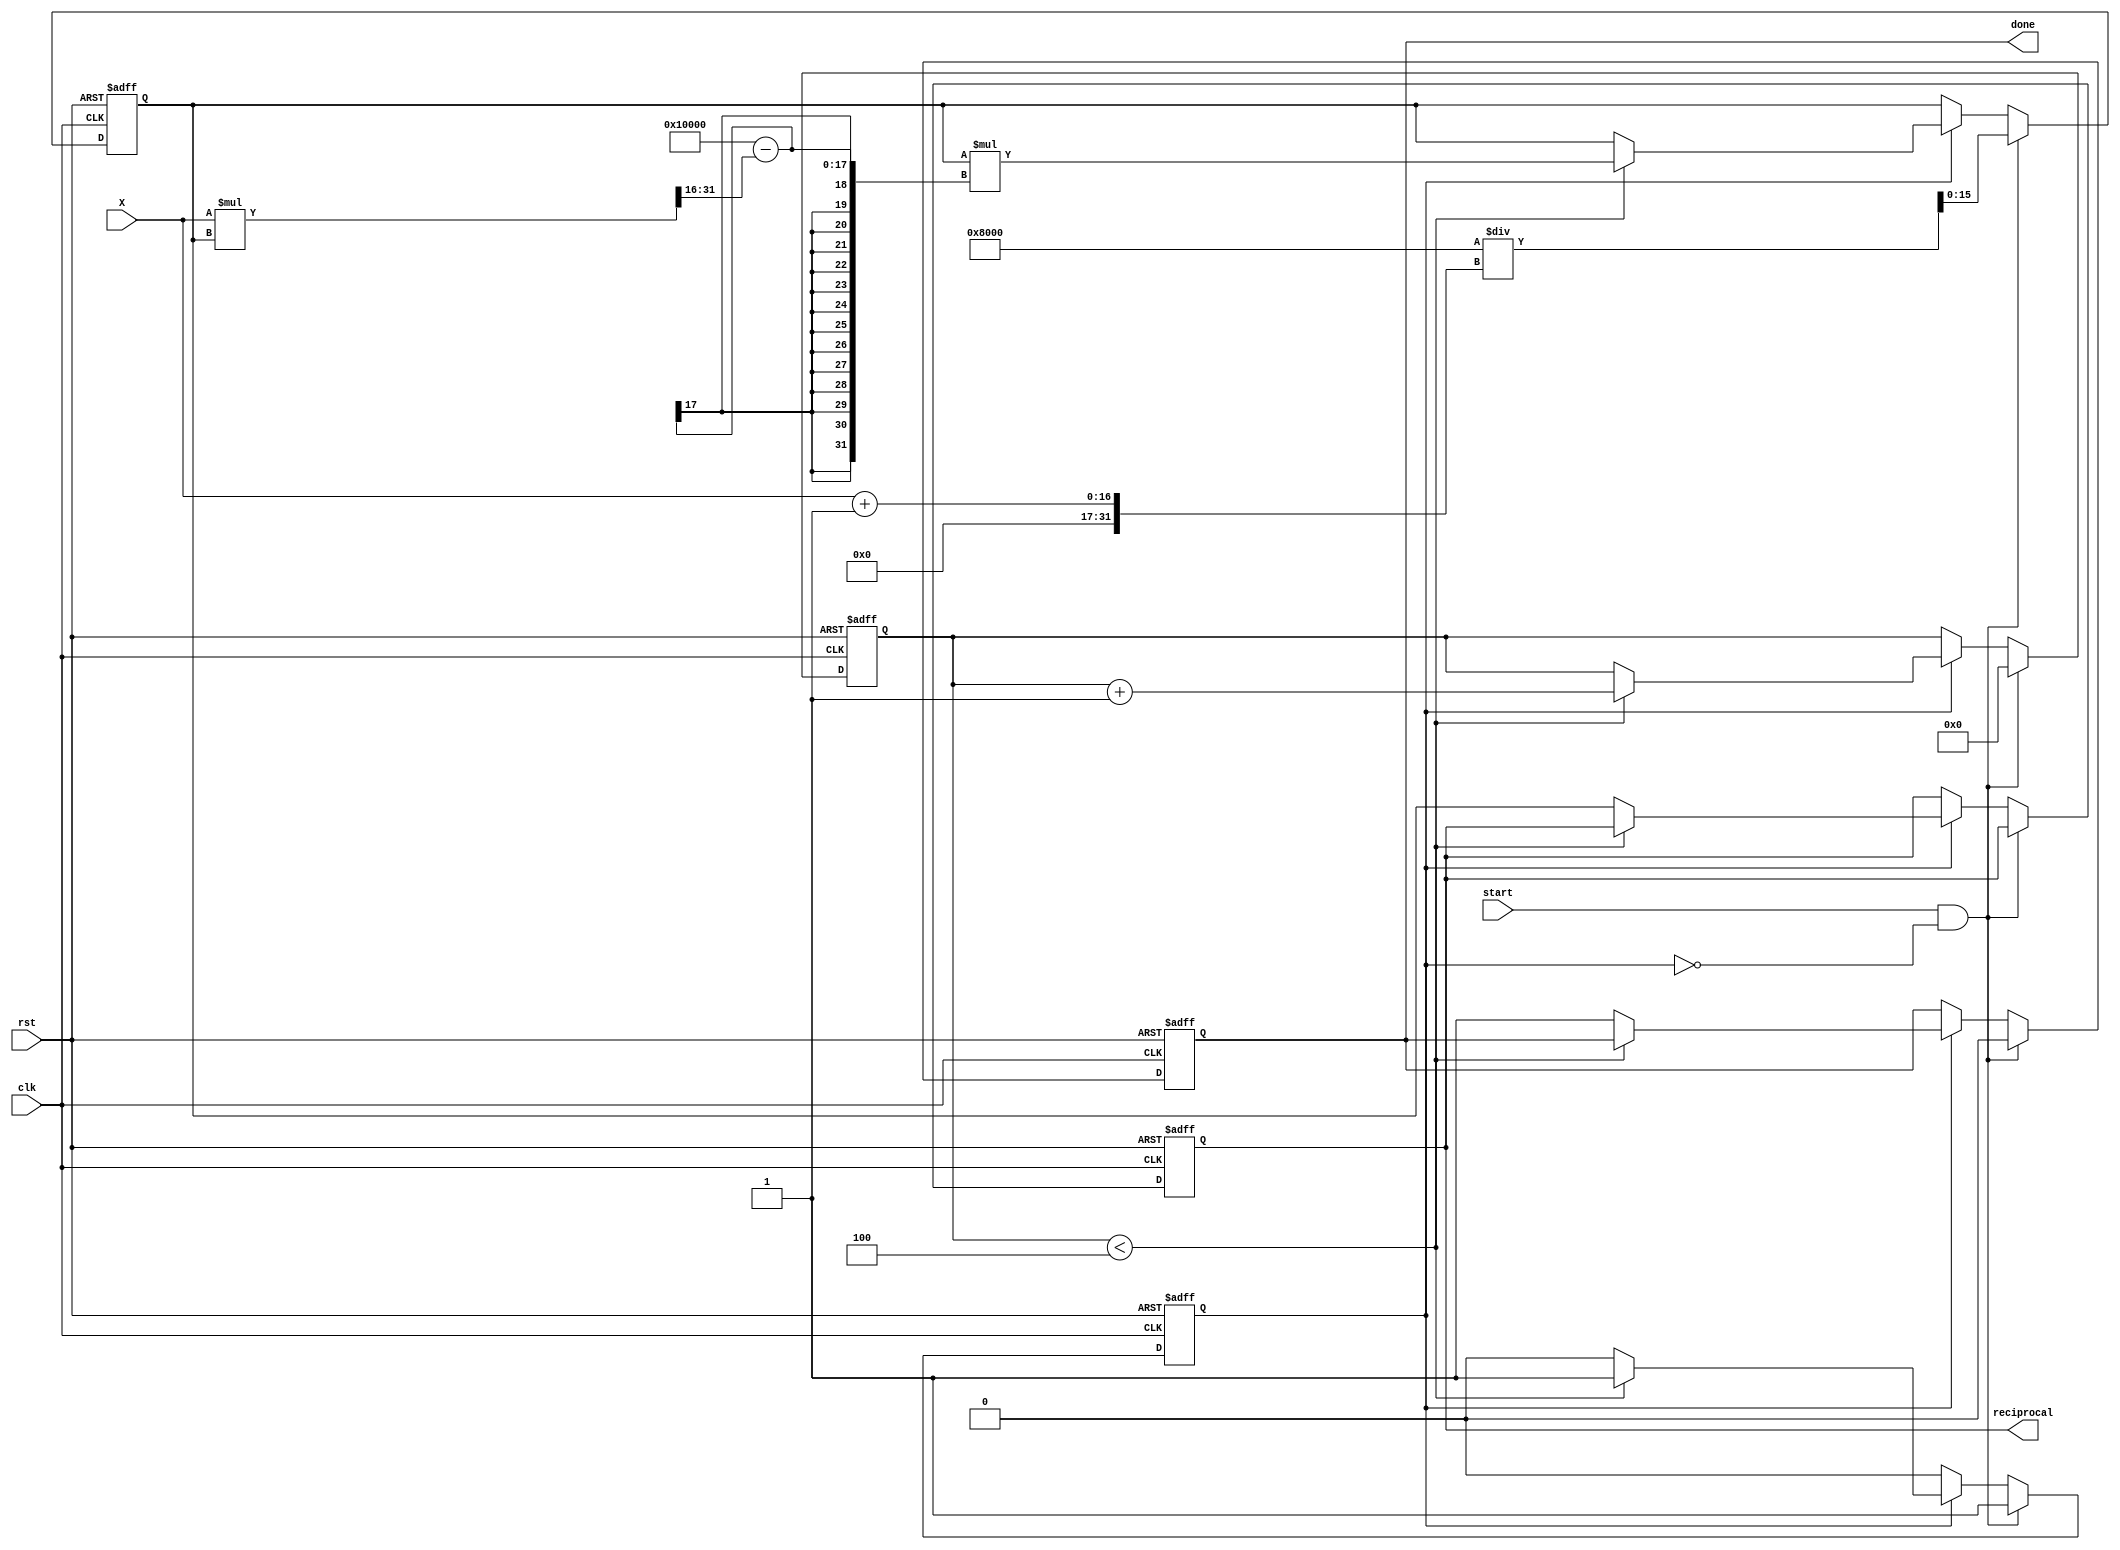
module BitwiseReciprocal #(
    parameter WIDTH = 16,         // Bit-width for input and output
    parameter ITERATIONS = 4      // Number of iterations for approximation
)(
    input wire clk,               // Clock signal
    input wire rst,               // Reset signal
    input wire [WIDTH-1:0] X,     // Input value
    input wire start,             // Start signal for computation
    output reg [WIDTH-1:0] reciprocal, // Output reciprocal
    output reg done               // Done signal
);

    reg [WIDTH-1:0] estimate;     // Current estimate of the reciprocal
    reg [3:0] counter;            // Iteration counter
    reg computing;                // Flag to indicate computing state

    always @(posedge clk or posedge rst) begin
        if (rst) begin
            reciprocal <= 0;
            estimate <= 0;
            counter <= 0;
            done <= 0;
            computing <= 0;
        end else if (start && !computing) begin
            // Initialize the estimate: 1 / X can be approximated by shifting
            estimate <= (1 << (WIDTH - 1)) / (X + 1); // Initial estimate
            counter <= 0;
            done <= 0;
            computing <= 1;
        end else if (computing) begin
            if (counter < ITERATIONS) begin
                // Newton-Raphson iteration: new_estimate = estimate * (2 - X * estimate)
                estimate <= estimate * ((1 << WIDTH) - (X * estimate >> WIDTH));
                counter <= counter + 1;
            end else begin
                reciprocal <= estimate; // Final estimate
                done <= 1;              // Indicate computation is done
                computing <= 0;        // Reset computing flag
            end
        end
    end

endmodule